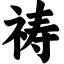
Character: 祷